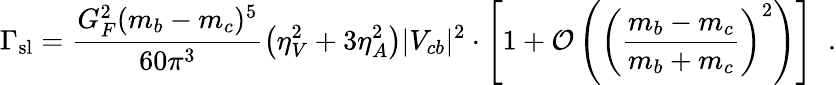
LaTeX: \Gamma_{\mathrm{sl}}=\frac{G_{F}^{2}(m_{b}-m_{c})^{5}}{60\pi^{3}}\left(\eta_{V}^{2}+3\eta_{A}^{2}\right)|V_{cb}|^{2}\cdot\left[1+{\cal O}\left(\left(\frac{m_{b}-m_{c}}{m_{b}+m_{c}}\right)^{2}\right)\right]\; \; .